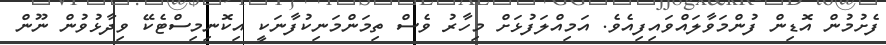
ފެށުމުން އޮޑިން ފުންމަވާލައްވައިފިއެވެ. އަމިއްލަފުޅަށް މިހާރު ވެސް ތިމަންމަނިކުފާނަކީ އިކޮނިމިސްޓެކޭ ވިދާޅުވުން ނޫން